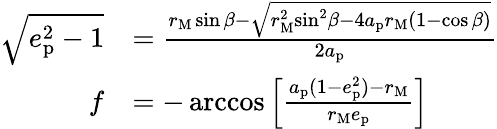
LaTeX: \begin{array}{rl}{\sqrt{{{e}_{\mathrm{p}}^{2}}-1}}&{=\frac{{{r}_{\mathrm{M}}}\sin\beta-\sqrt{{r}_{\mathrm{M}}^{2}{{\sin}^{2}}\beta-4a_{\mathrm{p}}{{r}_{\mathrm{M}}}(1-\cos\beta)}}{2a_{\mathrm{p}}}}\\ {f}&{=-\operatorname{arccos}\left[\frac{a_{\mathrm{p}}(1-{{e}_{\mathrm{p}}^{2}})-{{r}_{\mathrm{M}}}}{{{r}_{\mathrm{M}}}e_{\mathrm{p}}}\right]}\end{array}